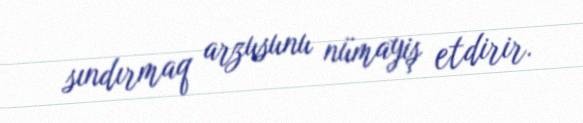
sındırmaq arzusunu nümayiş etdirir.